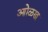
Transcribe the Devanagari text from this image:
आोळख